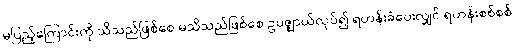
မပြည့်ကြောင်းကို သိသည်ဖြစ်စေ မသိသည်ဖြစ်စေ ဥပဇ္ဈာယ်လုပ်၍ ရဟန်းခံပေးလျှင် ရဟန်းစစ်စစ်